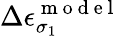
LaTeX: \Delta\epsilon_{\sigma_{1}}^{\mathrm{~m~o~d~e~l~}}